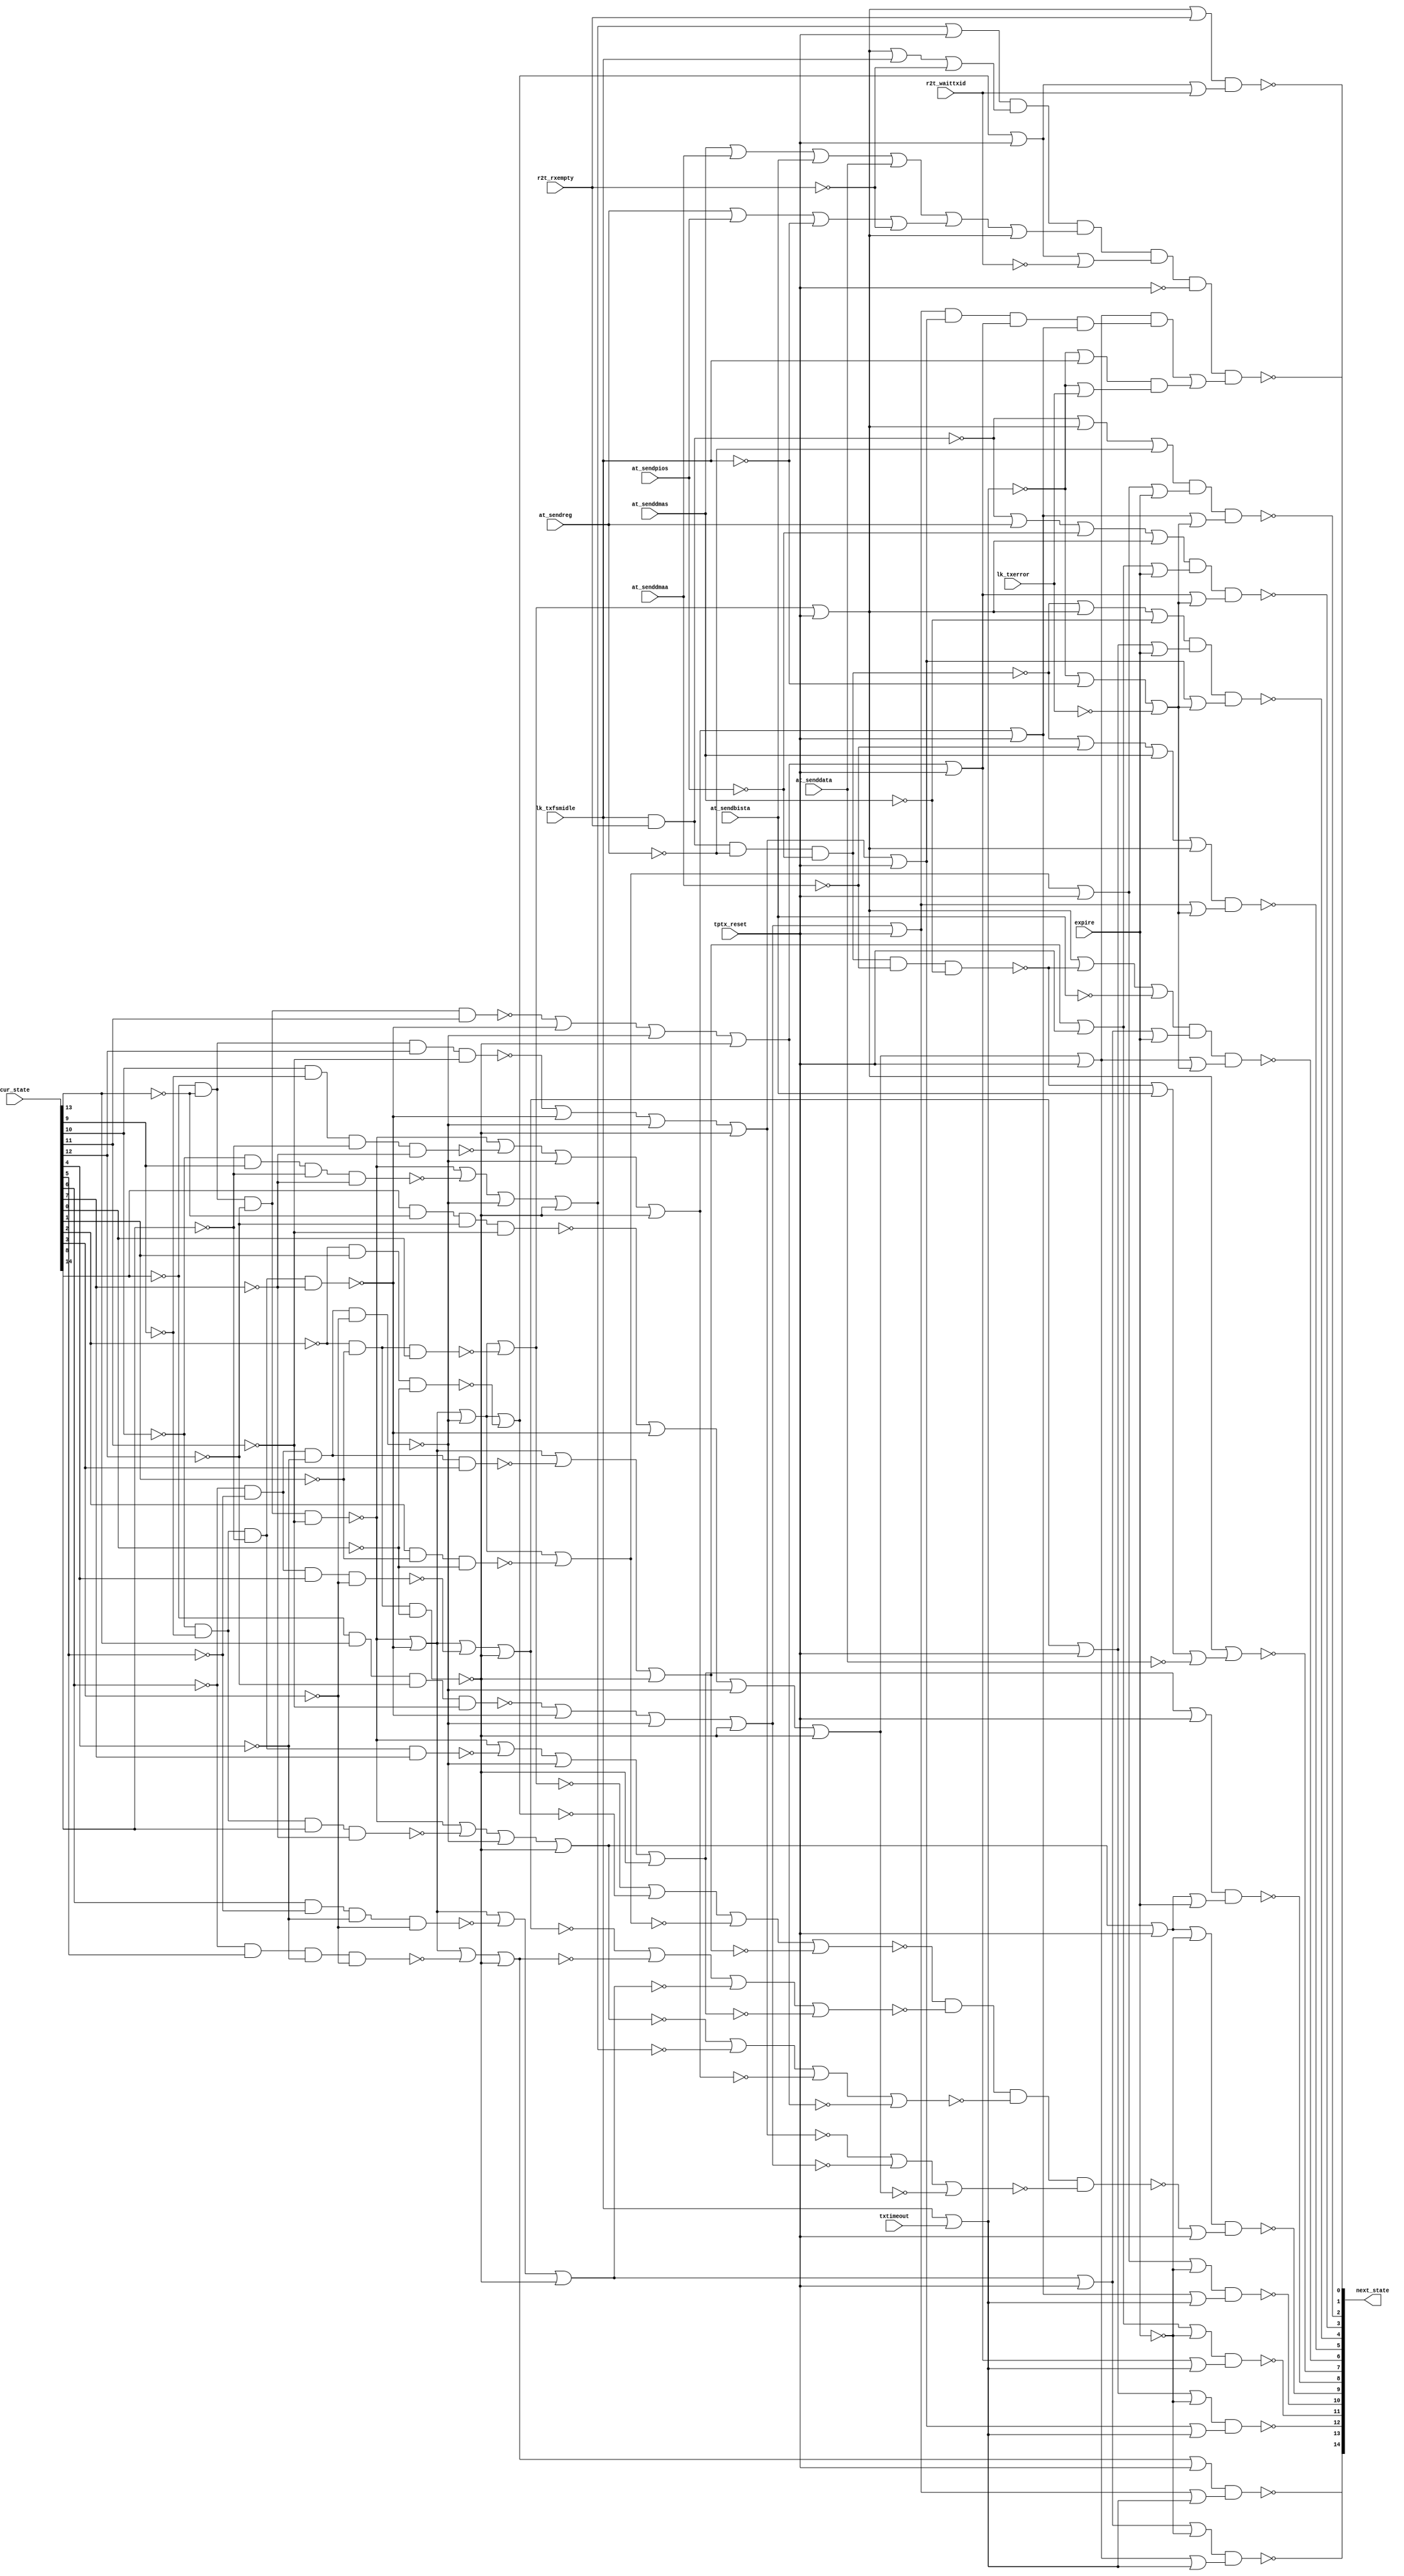

// Generated by Cadence Encounter(R) RTL Compiler RC11.10 - v11.10-p005_1

// Verification Directory fv/top 

module top(next_state, cur_state, at_sendreg, at_senddmaa, at_sendpios,
     at_senddmas, at_sendbista, at_senddata, lk_txfsmidle, lk_txerror,
     r2t_waittxid, r2t_rxempty, txtimeout, expire, tptx_reset);
  input [14:0] cur_state;
  input at_sendreg, at_senddmaa, at_sendpios, at_senddmas,
       at_sendbista, at_senddata, lk_txfsmidle, lk_txerror,
       r2t_waittxid, r2t_rxempty, txtimeout, expire, tptx_reset;
  output [14:0] next_state;
  wire [14:0] cur_state;
  wire at_sendreg, at_senddmaa, at_sendpios, at_senddmas, at_sendbista,
       at_senddata, lk_txfsmidle, lk_txerror, r2t_waittxid,
       r2t_rxempty, txtimeout, expire, tptx_reset;
  wire [14:0] next_state;
  wire n_27, n_62, n_63, n_64, n_65, n_66, n_67, n_68;
  wire n_69, n_70, n_71, n_72, n_73, n_74, n_75, n_76;
  wire n_159, n_161, n_162, n_183, n_184, n_185, n_190, n_301;
  wire n_302, n_303, n_304, n_305, n_508, n_522, n_530, n_547;
  wire n_558, n_566, n_575, n_583, n_594, n_602, n_618, n_625;
  wire n_1112, n_1114, n_1115, n_1603, n_1604, n_1628, n_1629, n_1630;
  wire n_1631, n_1632, n_1633, n_1634, n_1635, n_1636, n_1637, n_1638;
  wire n_1639, n_1640, n_1641, n_1642, n_1643, n_1644, n_1645, n_1646;
  wire n_1647, n_1648, n_1649, n_1650, n_1651, n_1652, n_1653, n_1654;
  wire n_1655, n_1656, n_1657, n_1658, n_1659, n_1660, n_1661, n_1662;
  wire n_1663, n_1664, n_1665, n_1666, n_1667, n_1668, n_1669, n_1670;
  wire n_1671, n_1672, n_1673, n_1674, n_1675, n_1676, n_1677, n_1678;
  wire n_1679, n_1680, n_1681, n_1682, n_1683, n_1684, n_1685, n_1686;
  wire n_1687, n_1688, n_1689, n_1690, n_1691, n_1692, n_1693, n_1694;
  wire n_1695, n_1696, n_1697, n_1698, n_1699, n_1700, n_1701, n_1702;
  wire n_1703, n_1704, n_1705, n_1706, n_1707, n_1708, n_1709, n_1710;
  wire n_1711, n_1712, n_1713, n_1714, n_1715, n_1716, n_1717, n_1718;
  wire n_1719, n_1720, n_1721, n_1722, n_1723, n_1724, n_1725, n_1726;
  wire n_1727, n_1728, n_1729, n_1730, n_1731, n_1732, n_1733, n_1734;
  wire n_1735, n_1736, n_1737, n_1738, n_1739, n_1740, n_1741, n_1742;
  wire n_1743, n_1744, n_1745, n_1746, n_1747, n_1748, n_1749, n_1750;
  wire n_1751, n_1752, n_1753, n_1754, n_1755, n_1756, n_1757, n_1758;
  wire n_1759, n_1760, n_1761, n_1762, n_1763, n_1764, n_1765, n_1766;
  wire n_1767, n_1768, n_1769, n_1770, n_1771, n_1772, n_1773, n_1774;
  wire n_1775, n_1776, n_1777, n_1778, n_1779, n_1780, n_1781, n_1782;
  wire n_1783, n_1784, n_1785, n_1786, n_1787, n_1788, n_1789, n_1790;
  nor g112 (n_76, n_1655, n_184, n_185, n_190);
  nor g110 (n_75, n_1657, n_184, n_185, n_190);
  nor g102 (n_71, n_183, n_1659, n_185, n_190);
  nor g104 (n_72, n_183, n_1661, n_185, n_190);
  nor g106 (n_73, n_1663, n_184, n_185, n_190);
  nor g108 (n_74, n_1665, n_184, n_185, n_190);
  nor g92 (n_66, n_183, n_184, n_1667, n_190);
  nor g94 (n_67, n_183, n_184, n_1669, n_190);
  nor g96 (n_68, n_183, n_184, n_1671, n_190);
  nor g98 (n_69, n_183, n_1673, n_185, n_190);
  nor g83 (n_62, n_183, n_184, n_185, n_1675);
  nor g85 (n_63, n_183, n_184, n_185, n_1677);
  nor g87 (n_64, n_183, n_184, n_185, n_1679);
  nor g90 (n_65, n_183, n_184, n_1681, n_190);
  nor g100 (n_70, n_183, n_1683, n_185, n_190);
  nand g117 (n_305, n_301, n_302, n_303, n_304);
  nor g116 (n_304, n_74, n_75, n_76);
  nor g115 (n_303, n_70, n_71, n_72, n_73);
  nor g114 (n_302, n_66, n_67, n_68, n_69);
  nor g113 (n_301, n_62, n_63, n_64, n_65);
  nor g76 (n_1112, at_senddmas, at_senddmaa, at_sendbista, at_senddata);
  nor g719 (n_27, lk_txfsmidle, txtimeout);
  nand g739 (n_159, lk_txfsmidle, r2t_rxempty);
  nor g772 (n_625, n_305, tptx_reset);
  nor g801 (n_1115, n_27, lk_txfsmidle);
  nor g802 (n_1114, n_27, lk_txerror);
  not g1440 (n_1628, at_senddata);
  not g1441 (n_1629, at_sendbista);
  not g1442 (n_1630, at_senddmaa);
  not g1443 (n_1631, at_senddmas);
  not g1444 (n_1632, lk_txfsmidle);
  not g1445 (n_1633, r2t_rxempty);
  not g1446 (n_1634, tptx_reset);
  not g1447 (n_1635, lk_txerror);
  not g1448 (n_1636, expire);
  not g1449 (n_1637, cur_state[11]);
  not g1450 (n_1638, cur_state[12]);
  not g1451 (n_1639, cur_state[13]);
  not g1452 (n_1640, cur_state[14]);
  not g1453 (n_1641, cur_state[7]);
  not g1454 (n_1642, cur_state[8]);
  not g1455 (n_1643, cur_state[9]);
  not g1456 (n_1644, cur_state[10]);
  not g1457 (n_1645, cur_state[3]);
  not g1458 (n_1646, cur_state[4]);
  not g1459 (n_1647, cur_state[5]);
  not g1460 (n_1648, cur_state[6]);
  not g1461 (n_1649, cur_state[0]);
  not g1462 (n_1650, cur_state[1]);
  not g1463 (n_1651, cur_state[2]);
  not g1464 (n_1652, at_sendpios);
  not g1465 (n_1653, at_sendreg);
  not g1466 (n_1654, r2t_waittxid);
  nand g1467 (n_1655, cur_state[14], n_1639, n_1638, n_1637);
  nand g1468 (n_184, n_1644, n_1643, n_1642, n_1641);
  nand g1469 (n_185, n_1648, n_1647, n_1646, n_1645);
  nand g1470 (n_190, n_1651, n_1650, n_1649);
  not g1471 (n_1656, n_76);
  nand g1472 (n_1657, n_1640, cur_state[13], n_1638, n_1637);
  not g1473 (n_1658, n_75);
  nand g1474 (n_183, n_1640, n_1639, n_1638, n_1637);
  nand g1475 (n_1659, n_1644, cur_state[9], n_1642, n_1641);
  not g1476 (n_1660, n_71);
  nand g1477 (n_1661, cur_state[10], n_1643, n_1642, n_1641);
  not g1478 (n_1662, n_72);
  nand g1479 (n_1663, n_1640, n_1639, n_1638, cur_state[11]);
  not g1480 (n_1664, n_73);
  nand g1481 (n_1665, n_1640, n_1639, cur_state[12], n_1637);
  not g1482 (n_1666, n_74);
  nand g1483 (n_1667, n_1648, n_1647, cur_state[4], n_1645);
  not g1484 (n_1668, n_66);
  nand g1485 (n_1669, n_1648, cur_state[5], n_1646, n_1645);
  not g1486 (n_1670, n_67);
  nand g1487 (n_1671, cur_state[6], n_1647, n_1646, n_1645);
  not g1488 (n_1672, n_68);
  nand g1489 (n_1673, n_1644, n_1643, n_1642, cur_state[7]);
  not g1490 (n_1674, n_69);
  nand g1491 (n_1675, n_1651, n_1650, cur_state[0]);
  not g1492 (n_1676, n_62);
  nand g1493 (n_1677, n_1651, cur_state[1], n_1649);
  not g1494 (n_1678, n_63);
  nand g1495 (n_1679, cur_state[2], n_1650, n_1649);
  not g1496 (n_1680, n_64);
  nand g1497 (n_1681, n_1648, n_1647, n_1646, cur_state[3]);
  not g1498 (n_1682, n_65);
  nand g1499 (n_1683, n_1644, n_1643, cur_state[8], n_1641);
  not g1500 (n_1684, n_70);
  nor g1501 (n_1603, n_1676, tptx_reset);
  not g1502 (n_1685, n_1603);
  not g1503 (n_1686, n_159);
  nand g1504 (n_161, n_1686, n_1653, n_1652);
  not g1505 (n_1687, n_161);
  nand g1506 (n_162, n_1687, n_1630, n_1631);
  nor g1507 (n_1688, n_162, at_sendbista, n_1628);
  not g1508 (n_1689, n_1688);
  nor g1509 (next_state[7], n_1685, n_1689);
  not g1510 (n_1690, n_1112);
  not g1511 (n_1691, n_27);
  not g1512 (n_1692, n_625);
  not g1513 (n_1693, n_1115);
  not g1514 (n_1694, n_1114);
  nor g1515 (n_1695, n_1685, r2t_rxempty);
  not g1516 (n_1696, n_1695);
  nor g1517 (n_1604, n_1678, tptx_reset);
  not g1518 (n_1697, n_1604);
  nor g1519 (n_1698, n_1697, r2t_waittxid);
  not g1520 (n_1699, n_1698);
  nand g1521 (next_state[1], n_1696, n_1699);
  nor g1522 (n_530, n_1656, tptx_reset);
  not g1523 (n_1700, n_530);
  nor g1524 (n_547, n_1658, tptx_reset);
  not g1525 (n_1701, n_547);
  nor g1526 (n_566, n_1666, tptx_reset);
  not g1527 (n_1702, n_566);
  nor g1528 (n_583, n_1664, tptx_reset);
  not g1529 (n_1703, n_583);
  nor g1530 (n_602, n_1662, tptx_reset);
  not g1531 (n_1704, n_602);
  nand g1532 (n_1705, n_1701, n_1702, n_1703, n_1704);
  not g1533 (n_1706, n_1705);
  nand g1534 (n_1707, n_1700, n_1706);
  not g1535 (n_1708, n_1707);
  nand g1536 (n_1709, n_1693, n_1694);
  not g1537 (n_1710, n_1709);
  nor g1538 (n_1711, n_1708, n_1710);
  not g1539 (n_1712, n_1711);
  nor g1540 (n_522, n_1672, tptx_reset);
  not g1541 (n_1713, n_522);
  nor g1542 (n_1714, n_1713, n_1636);
  not g1543 (n_1715, n_1714);
  nor g1544 (n_1716, n_1700, n_1691);
  not g1545 (n_1717, n_1716);
  nor g1546 (n_1718, n_1701, n_1691);
  not g1547 (n_1719, n_1718);
  nor g1548 (n_558, n_1668, tptx_reset);
  not g1549 (n_1720, n_558);
  nor g1550 (n_1721, n_1720, n_1636);
  not g1551 (n_1722, n_1721);
  nor g1552 (n_1723, n_1702, n_1691);
  not g1553 (n_1724, n_1723);
  nor g1554 (n_575, n_1682, tptx_reset);
  not g1555 (n_1725, n_575);
  nor g1556 (n_1726, n_1725, n_1636);
  not g1557 (n_1727, n_1726);
  nor g1558 (n_1728, n_1703, n_1691);
  not g1559 (n_1729, n_1728);
  nor g1560 (n_594, n_1680, tptx_reset);
  not g1561 (n_1730, n_594);
  nor g1562 (n_1731, n_1730, n_1636);
  not g1563 (n_1732, n_1731);
  nor g1564 (n_1733, n_1704, n_1691);
  not g1565 (n_1734, n_1733);
  nor g1566 (n_618, n_1684, tptx_reset);
  not g1567 (n_1735, n_618);
  nor g1568 (n_1736, n_1735, n_1636);
  not g1569 (n_1737, n_1736);
  nor g1570 (n_508, n_27, n_1632, n_1635);
  not g1571 (n_1738, n_508);
  nor g1572 (n_1739, n_1701, n_1738);
  not g1573 (n_1740, n_1739);
  nor g1574 (n_1741, n_1702, n_1738);
  not g1575 (n_1742, n_1741);
  nor g1576 (n_1743, n_1703, n_1738);
  not g1577 (n_1744, n_1743);
  nor g1578 (n_1745, n_1704, n_1738);
  not g1579 (n_1746, n_1745);
  nor g1580 (n_1747, n_1700, n_1738);
  not g1581 (n_1748, n_1747);
  nand g1582 (next_state[14], n_1715, n_1717);
  nor g1583 (n_1749, n_1670, tptx_reset);
  not g1584 (n_1750, n_1749);
  nand g1585 (next_state[13], n_1750, n_1719);
  nand g1586 (next_state[12], n_1722, n_1724);
  nand g1587 (next_state[11], n_1727, n_1729);
  nand g1588 (next_state[10], n_1732, n_1734);
  nor g1589 (n_1751, n_1674, tptx_reset);
  not g1590 (n_1752, n_1751);
  nor g1591 (n_1753, n_1735, expire);
  not g1592 (n_1754, n_1753);
  nand g1593 (next_state[8], n_1752, n_1754);
  nand g1594 (next_state[9], n_1737, n_1692);
  nor g1595 (n_1755, n_161, n_1630, at_senddmas);
  not g1596 (n_1756, n_1755);
  nor g1597 (n_1757, n_1756, n_1685);
  not g1598 (n_1758, n_1757);
  nand g1599 (next_state[5], n_1758, n_1740);
  nor g1600 (n_1759, n_161, n_1685, n_1631);
  not g1601 (n_1760, n_1759);
  nor g1602 (n_1761, n_1720, expire);
  not g1603 (n_1762, n_1761);
  nand g1604 (next_state[4], n_1760, n_1762, n_1742);
  nor g1605 (n_1763, n_159, at_sendreg, n_1652);
  not g1606 (n_1764, n_1763);
  nor g1607 (n_1765, n_1764, n_1685);
  not g1608 (n_1766, n_1765);
  nor g1609 (n_1767, n_1725, expire);
  not g1610 (n_1768, n_1767);
  nand g1611 (next_state[3], n_1766, n_1768, n_1744);
  nor g1612 (n_1769, n_159, n_1685, n_1653);
  not g1613 (n_1770, n_1769);
  nor g1614 (n_1771, n_1730, expire);
  not g1615 (n_1772, n_1771);
  nand g1616 (next_state[2], n_1770, n_1772, n_1746);
  nor g1617 (n_1773, n_1685, n_162, n_1629);
  not g1618 (n_1774, n_1773);
  nor g1619 (n_1775, n_1713, expire);
  not g1620 (n_1776, n_1775);
  nand g1621 (next_state[6], n_1774, n_1776, n_1748);
  nor g1622 (n_1777, n_1660, tptx_reset);
  not g1623 (n_1778, n_1777);
  nor g1624 (n_1779, n_1685, lk_txfsmidle, n_1633);
  not g1625 (n_1780, n_1779);
  nor g1626 (n_1781, at_sendreg, at_sendpios, n_1632, n_1633);
  not g1627 (n_1782, n_1781);
  nor g1628 (n_1783, n_1690, n_1782, n_1685);
  not g1629 (n_1784, n_1783);
  nor g1630 (n_1785, n_1697, n_1654);
  not g1631 (n_1786, n_1785);
  nand g1632 (n_1787, n_1778, n_1780, n_1784, n_1786);
  not g1633 (n_1788, n_1787);
  nand g1634 (n_1789, n_1788, n_1634);
  not g1635 (n_1790, n_1789);
  nand g1636 (next_state[0], n_1790, n_1712);
endmodule